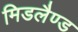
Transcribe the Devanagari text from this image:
मिडलैण्ड